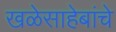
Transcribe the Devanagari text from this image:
खळेसाहेबांचे